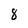
Character: 8